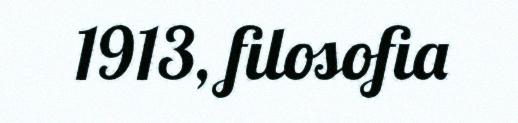
1913, filosofia